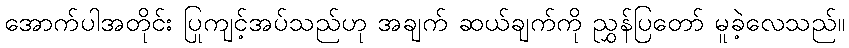
အောက်ပါအတိုင်း ပြုကျင့်အပ်သည်ဟု အချက် ဆယ်ချက်ကို ညွှန်ပြတော် မူခဲ့လေသည်။